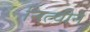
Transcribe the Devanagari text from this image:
नित्चीने